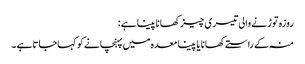
روزہ توڑنے والی تیسری چیز کھانا پینا ہے :
منہ کے راستےکھانا یا پینا معدہ میں پہنچانے کو کہاجاتاہے ۔